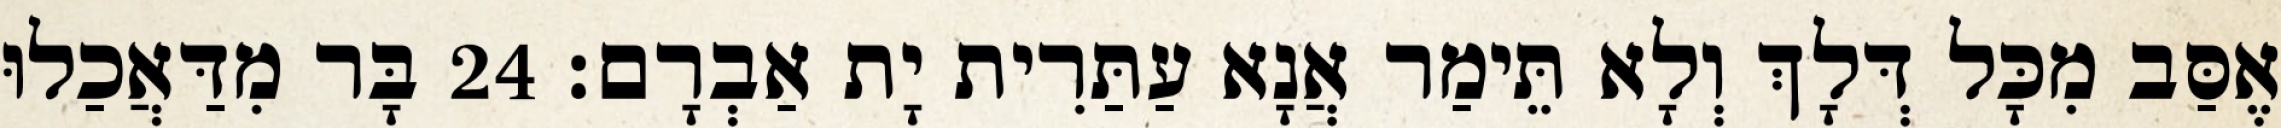
אֶסַּב מִכָּל דְּלָךְ וְלָא תֵּימַר אֲנָא עַתַּרִית יָת אַבְרָם׃ 24 בָּר מִדַּאֲכַלוּ